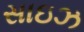
સાઇઝ